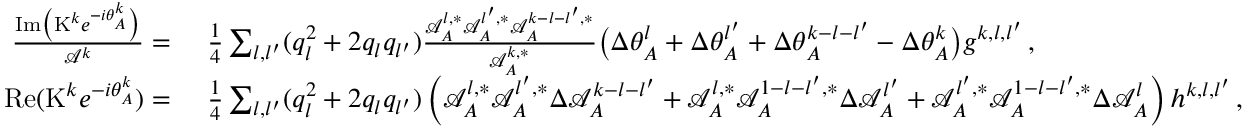
\begin{array} { r l } { \frac { \mathrm { I m } \big ( \mathrm { K } ^ { k } e ^ { - i \theta _ { A } ^ { k } } \big ) } { \mathcal { A } ^ { k } } = } & { ~ \frac { 1 } { 4 } \sum _ { { l } , { l ^ { \prime } } } ( q _ { l } ^ { 2 } + 2 q _ { l } q _ { l ^ { \prime } } ) \frac { \mathcal { A } _ { A } ^ { l , * } \mathcal { A } _ { A } ^ { l ^ { \prime } , * } \mathcal { A } _ { A } ^ { k - { l } - { l ^ { \prime } } , * } } { \mathcal { A } _ { A } ^ { k , * } } \big ( \Delta \theta _ { A } ^ { l } + \Delta \theta _ { A } ^ { l ^ { \prime } } + \Delta \theta _ { A } ^ { k - { l } - { l ^ { \prime } } } - \Delta \theta _ { A } ^ { k } \big ) g ^ { k , l , l ^ { \prime } } \, , } \\ { \mathrm { R e } ( \mathrm { K } ^ { k } e ^ { - i \theta _ { A } ^ { k } } ) = } & { ~ \frac { 1 } { 4 } \sum _ { { l } , { l ^ { \prime } } } ( q _ { l } ^ { 2 } + 2 q _ { l } q _ { l ^ { \prime } } ) \left( \mathcal { A } _ { A } ^ { l , * } \mathcal { A } _ { A } ^ { l ^ { \prime } , * } \Delta \mathcal { A } _ { A } ^ { k - { l } - { l ^ { \prime } } } + \mathcal { A } _ { A } ^ { l , * } \mathcal { A } _ { A } ^ { 1 - { l } - { l ^ { \prime } } , * } \Delta \mathcal { A } _ { A } ^ { l ^ { \prime } } + \mathcal { A } _ { A } ^ { l ^ { \prime } , * } \mathcal { A } _ { A } ^ { 1 - { l } - { l ^ { \prime } } , * } \Delta \mathcal { A } _ { A } ^ { l } \right) h ^ { k , l , l ^ { \prime } } \, , } \end{array}